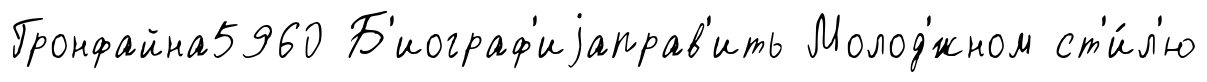
Гронфайна5960 Б'иограф'иjаправ'ить Молод'́жном ст'и́л'ю